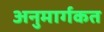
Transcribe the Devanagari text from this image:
अनुमार्गकत